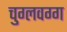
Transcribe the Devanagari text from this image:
चुग्लवग्ग